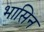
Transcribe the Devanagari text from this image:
भासिन